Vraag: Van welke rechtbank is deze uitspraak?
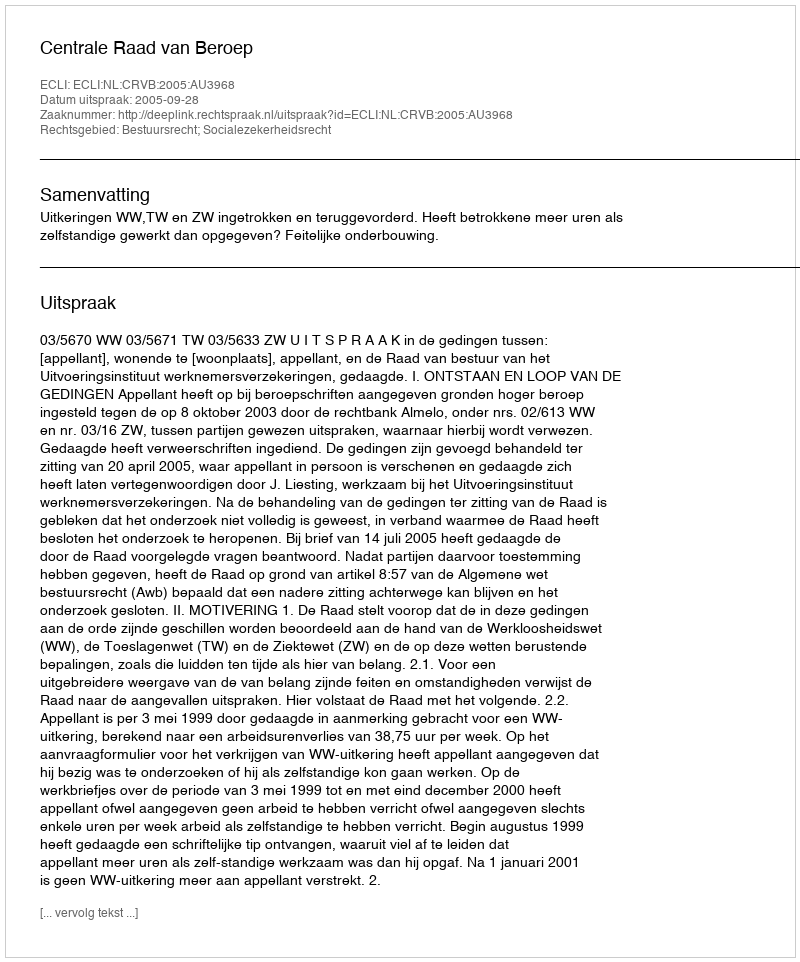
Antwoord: Centrale Raad van Beroep